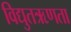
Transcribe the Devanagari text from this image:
विद्युतऋणता